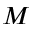
M